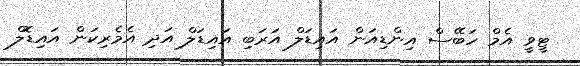
ޓީވީ އެމް ހަބޭސް އިންޑިއަން އައިޑަލް އަރަބި އައިޑަލް އަދި އެމެރިކަން އައިޑޮލް